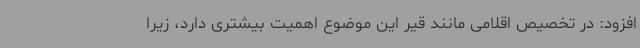
افزود: در تخصیص اقلامی مانند قیر این موضوع اهمیت بیشتری دارد، زیرا